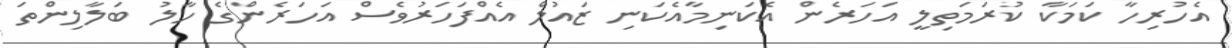
އެހުރިހާ ކަމަކާ ކުރަމަތިލީ އަހަރެން އެކަނިމާއެކަނި ޒައުލް އެއްފަހަރުވެސް އަހަރެންގެ ހާލު ބަލާލިންތަ